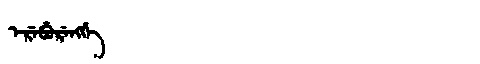
Manchu: ᡝᡵᡝᠪᡠᡵᡝᠩᡤᡝ
Romanization: EREBURENGGE